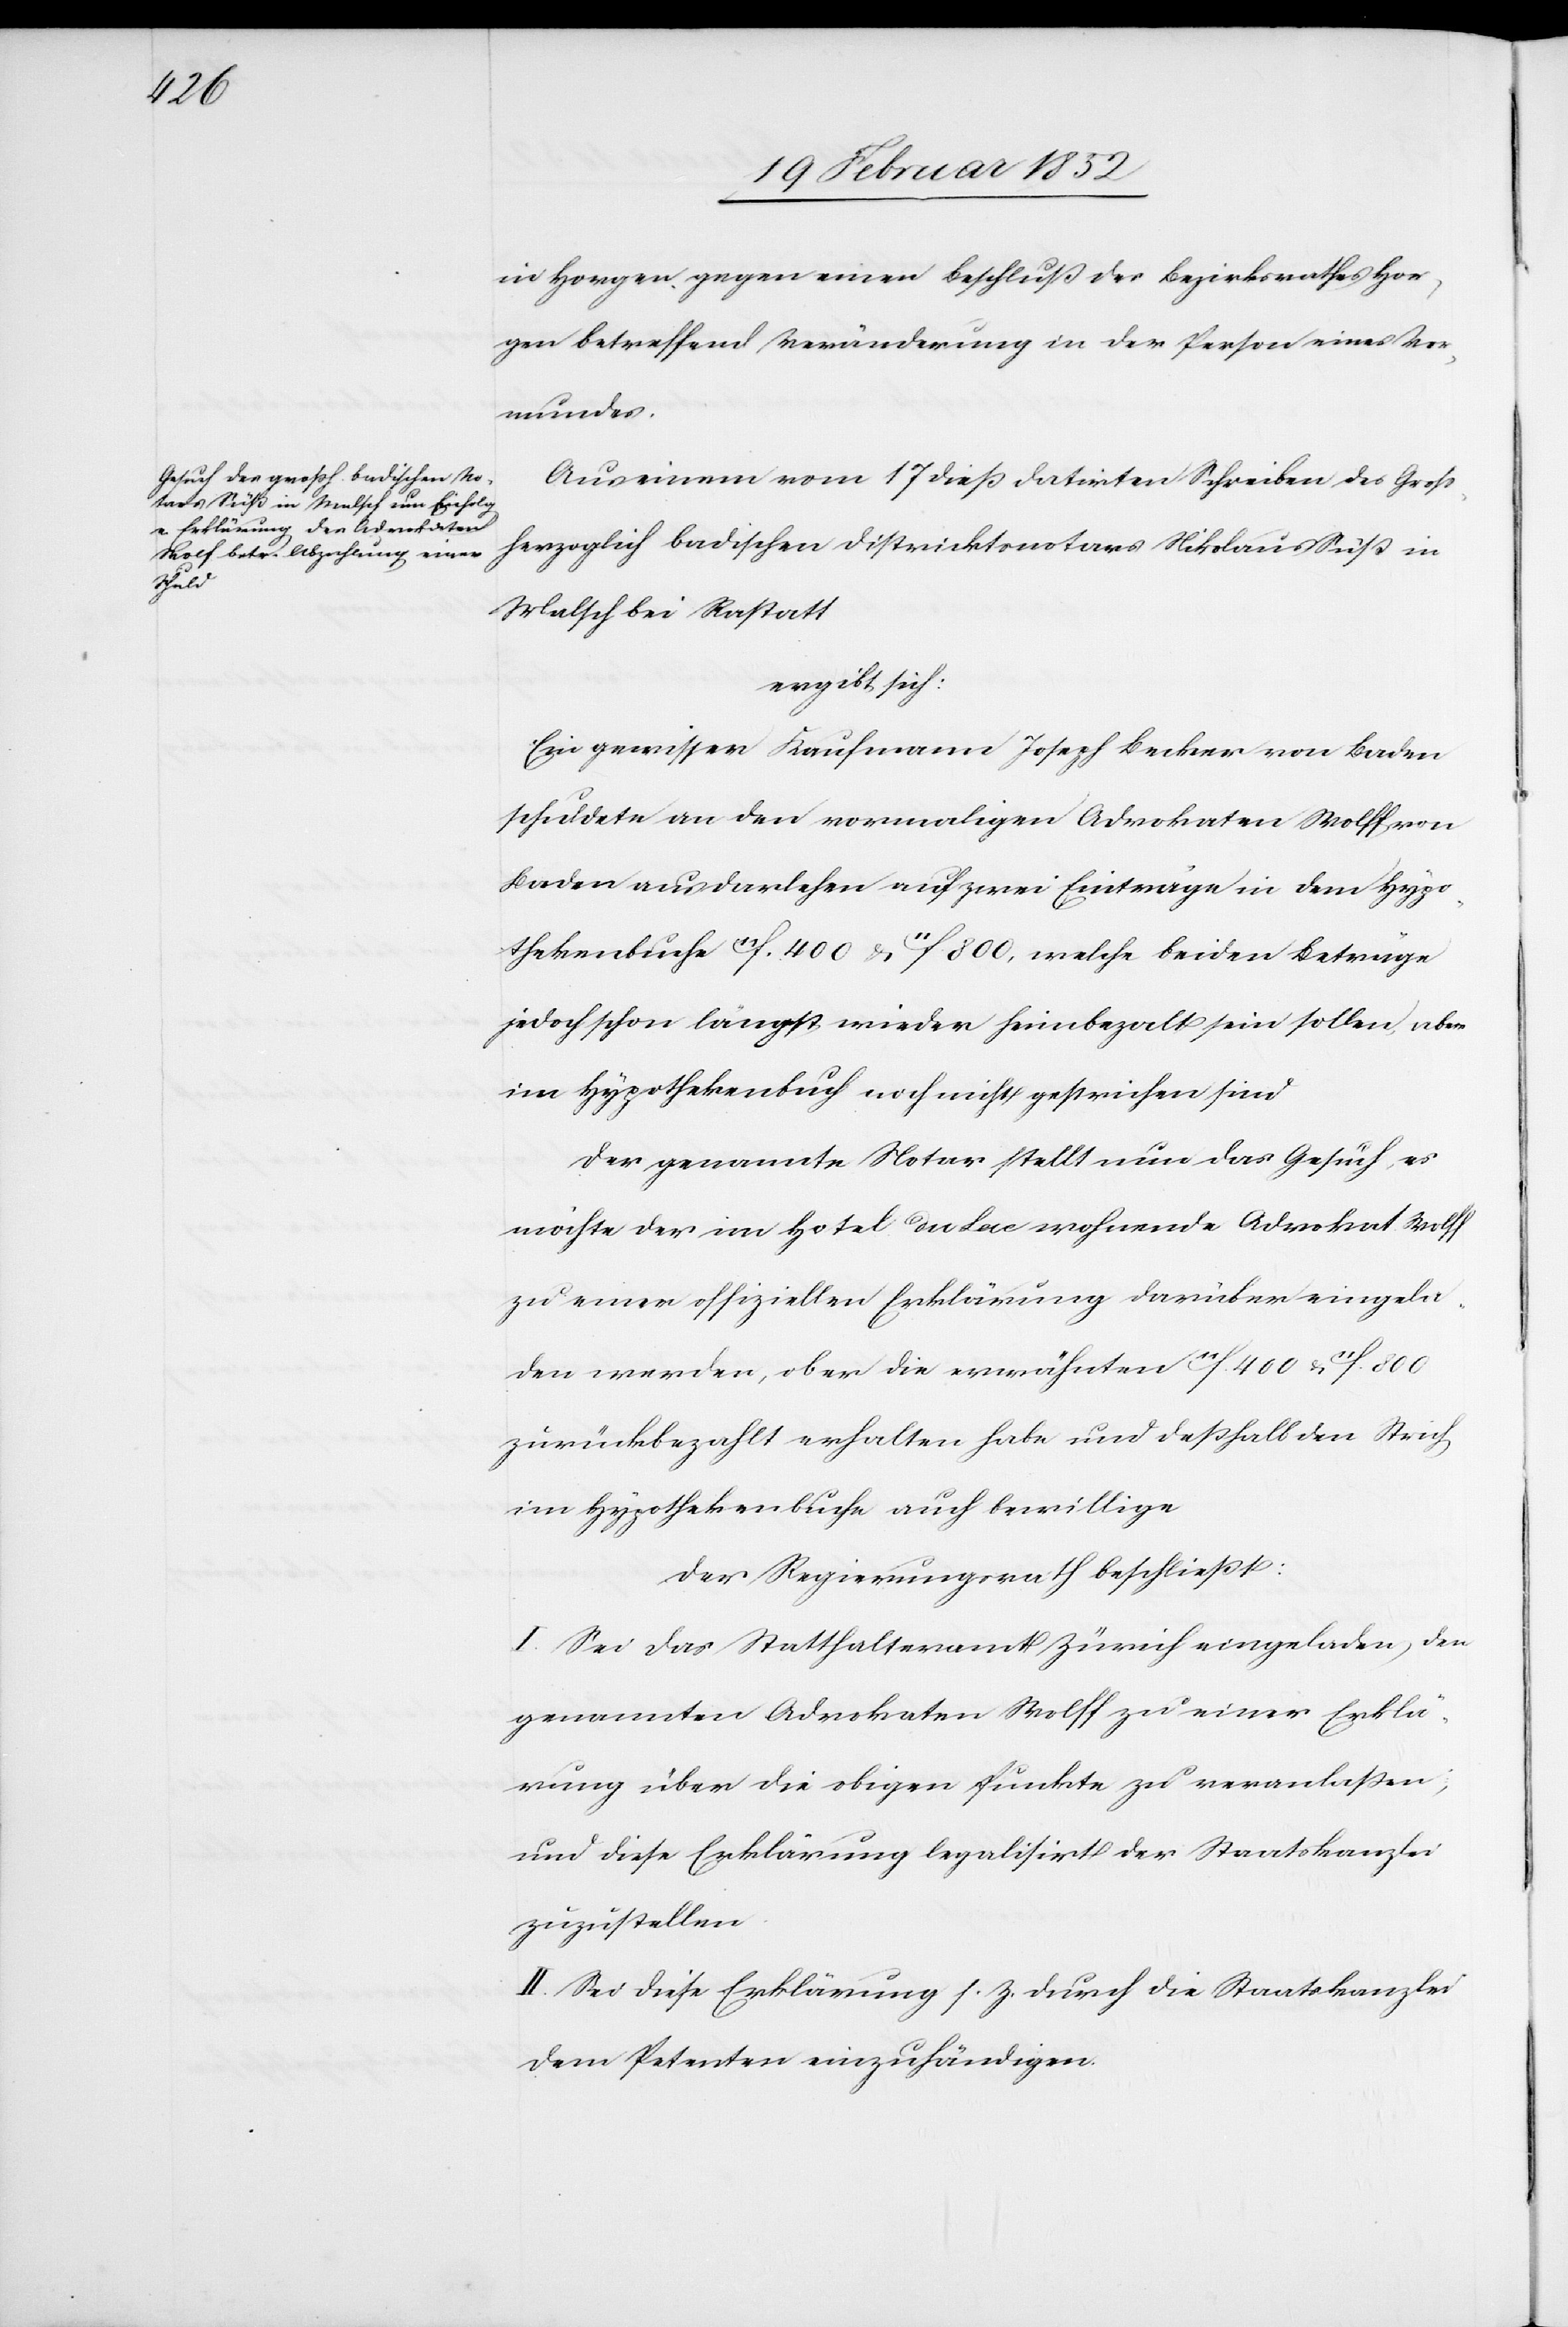
in Horgen gegen einen Beschluß des Bezirksrathes Hor¬
gen betreffend Veränderung in der Person eines Vor¬
mundes.
Aus einem vom 17 dieß datirten Schreiben des Groß¬
herzoglich badischen Distriktnotars Niklaus Süß in
Malsch bei Rastatt
ergibt sich:
Ein gewisser Kaufmann Joseph Becker von Baden
schuldete an den vormaligen Advokaten Wolff von
Baden aus Darlehen auf zwei Einträge in dem Hypo¬
thekenbuche 11f. 400 u. 11f. 800, welche beiden Beträge
jedoch schon längst wieder heimbezahlt sein sollen, aber
im Hypothekenbuch noch nicht gestrichen sind.
Der genannte Notar stellt nun das Gesuch, es
möchte der im Hotel du Lac wohnende Advokat Wolff
zu einer offiziellen Erklärung darüber eingela¬
den werden, ob er die erwähnten 11f. 400 u. 11f. 800
zurückbezahlt erhalten habe und deßhalb den Strich
im Hypothekenbuch auch bewillige.
Der Regierungsrath beschließt:
I. Sei das Statthalteramt Zürich eingeladen, den
genannten Advokaten Wolff zu einer Erklä¬
rung über die obigen Punkte zu veranlaßen;
und diese Erklärung legalisirt der Staatskanzlei
zuzustellen.
II. Sei diese Erklärung s. Z. durch die Staatskanzlei
dem Petenten einzuhändigen.